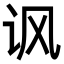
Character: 讽